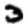
Digit: 3